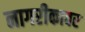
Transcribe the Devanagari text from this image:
नागरीकावर